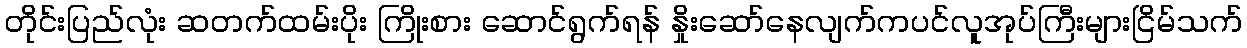
တိုင်းပြည်လုံး ဆတက်ထမ်းပိုး ကြိုးစား ဆောင်ရွက်ရန် နှိုးဆော်နေလျက်ကပင်လူအုပ်ကြီးများငြိမ်သက်